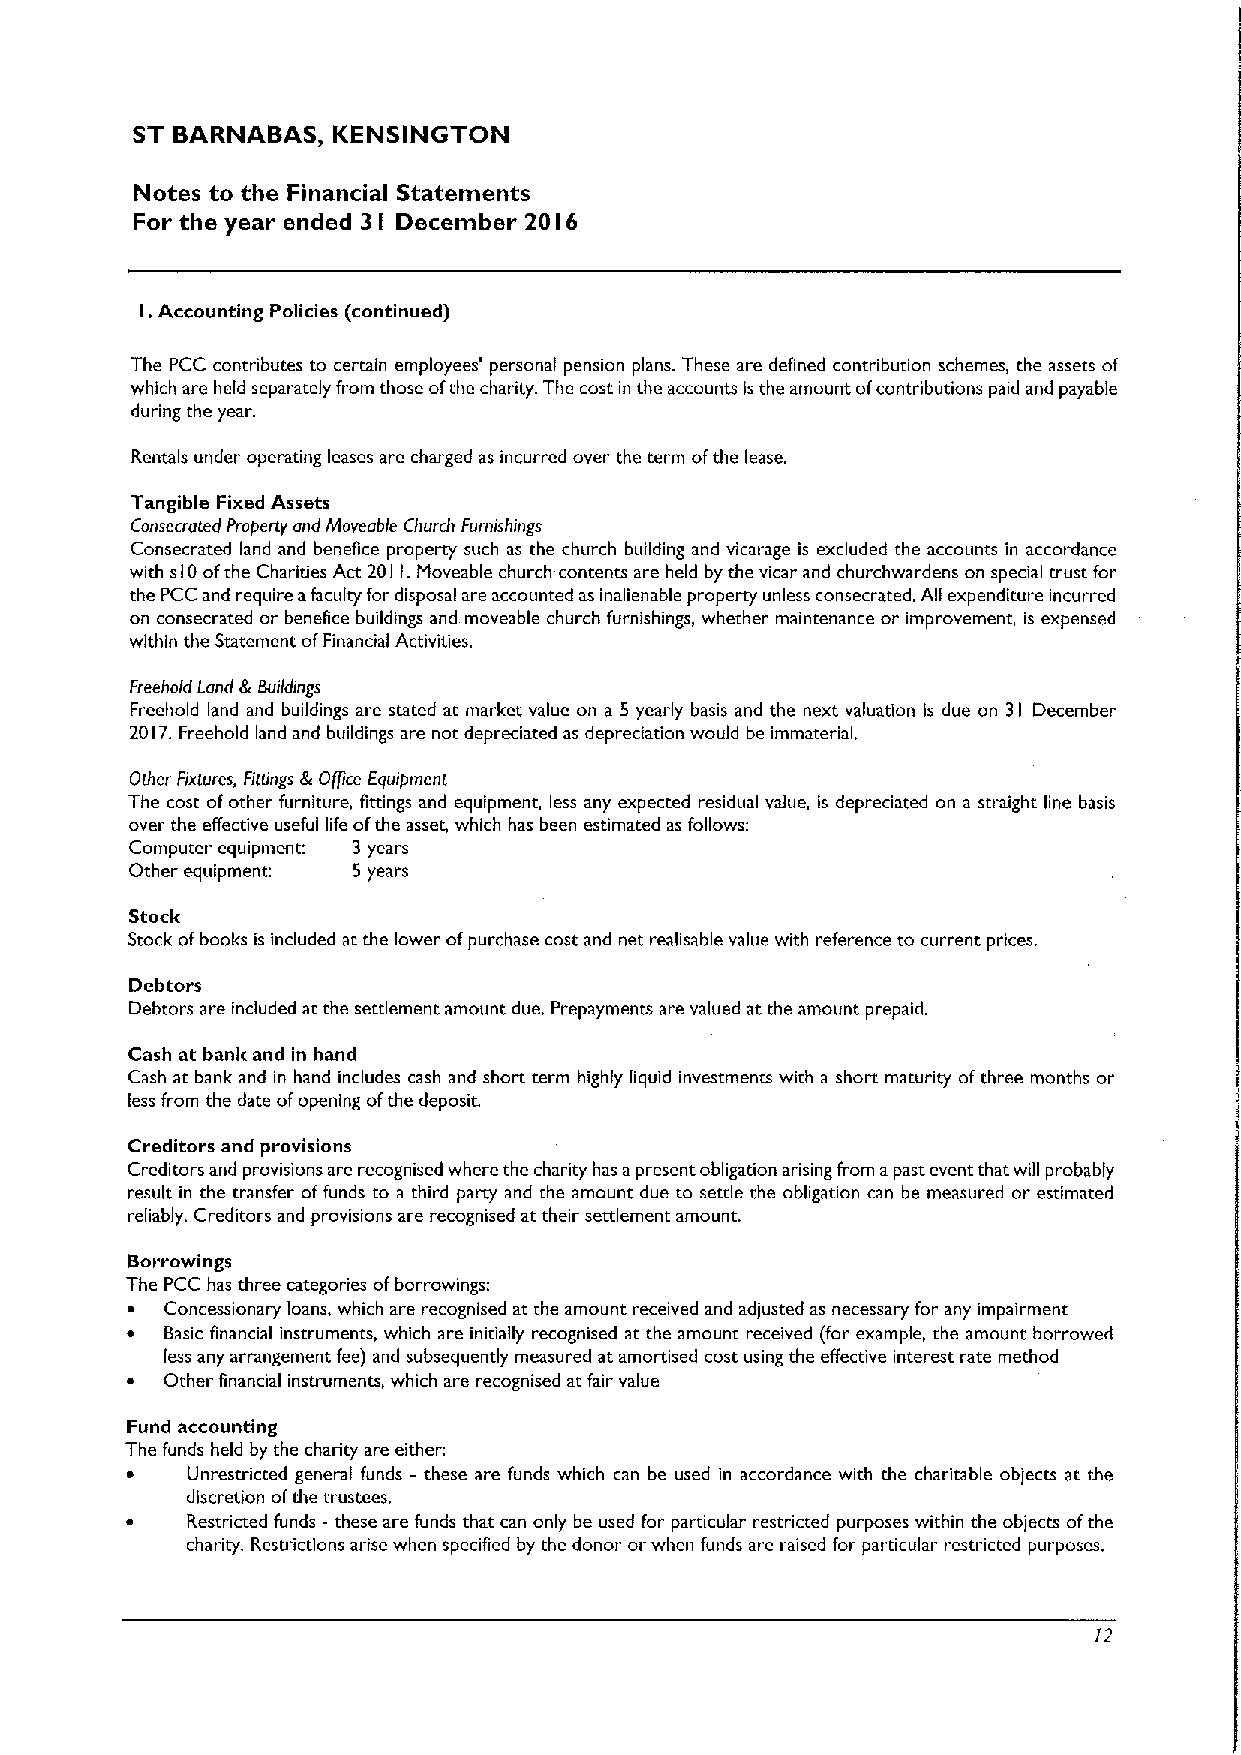
ST BARNABAS, KENSINGTON
 Notes to the Financial Statements
 For the year ended 3 December 20 6
 I           I
 I.Accounting Policies (continued)
 The PCC contributes to certain employees' personal pension plans. These are defined contribution schemes, the assets of
 which are held separately from those ofthe charity. The cost in the accounts is the amount ofcontributions paid and payable
 during the year.
 Rentals under operating leases are charged as incurred over the term ofthe lease.
 Tangible Fixed Assets
 Consecrated Propeny and fyfoveabfe Church Furnishings
 Consecrated land and benefice property such as the church building and vicarage is excluded the accounts in accordance
 with s10ofthe Charities Act 20 i i.Moveable church contents are held by the vicar and churchwardens on special trust for
 the PCC and require afaculty for disposal are accounted as inalienable property unless consecrated. All expenditure incurred
 on consecrated or benefice buildings and moveable church furnishings, whether maintenance or improvement, is expensed
 within the Statement ofFinancial Activities.
 Freehold Land gr Buildings
 Freehold land and buildings are stated at market value on a 5 yearly basis and the next valuation is due on 31 December
 2017.Freehold land and buildings are not depreciated as depreciation would be immaterial.
 Other Fixtures, Fiuings gr Office Equipment
 The cost ofother furniture, fittings and equipment, less any expected residual value, is depreciated on a straight line basis
 over the effective useful life ofthe asset, which has been estimated as follows:
 Computer equipment: 3 years
 Other equipment 5 years
 Stock
 Stock ofbooks is included at the lower ofpurchase cost and net realisable value with reference to current prices.
 Debtors
 Debtors are included at the settlement amount due. Prepayments are valued at the amount prepaid.
 Cash at bank and in hand
 Cash at bank and in hand includes cash and short term highly liquid investments with a short maturity ofthree months or
 less from the date ofopening ofthe deposit.
 Creditors and provisions
 Creditors and provisions are recognised where the charity has apresent obligation arising from apast event that will probably
 result in the transfer offunds to a third party and the amount due to settle the obligation can be measured or estimated
 reliably. Creditors and provisions are recognised at their settlement amount.
 Borrowings
 The PCC has three categories ofborrowings:
 ~  Concessionary loans, which are recognised at the amount received and adjusted as necessary for any impairment
 ~  Basic financial instruments, which are initially recognised at the amount received (for example, the amount borrowed
 less any arrangement fee) and subsequently measured at amortised cost using the effective interest rate method
 ~  Other financial instruments, which are recognised at fair value
 Fund accounting
 The funds held by the charity are either:
 ~   Unrestricted general funds —these are funds which can be used in accordance with the charitable objects at the
 discretion ofthe trustees.
 ~   Restricted funds - these are funds that can only be used for particular restricted purposes within the objects ofthe
 charity. Restrictions arise when specified by the donor or when funds are raised for particular restricted purposes.
 )2